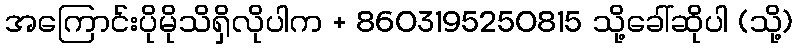
အကြောင်းပိုမိုသိရှိလိုပါက + 8603195250815 သို့ခေါ်ဆိုပါ (သို့)